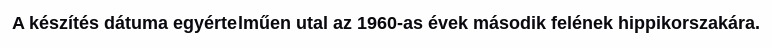
A készítés dátuma egyértelműen utal az 1960-as évek második felének hippikorszakára.